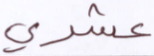
عشري